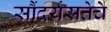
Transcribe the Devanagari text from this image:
सौंदर्यसत्तेचे